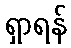
ရှာရန်